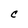
Character: C